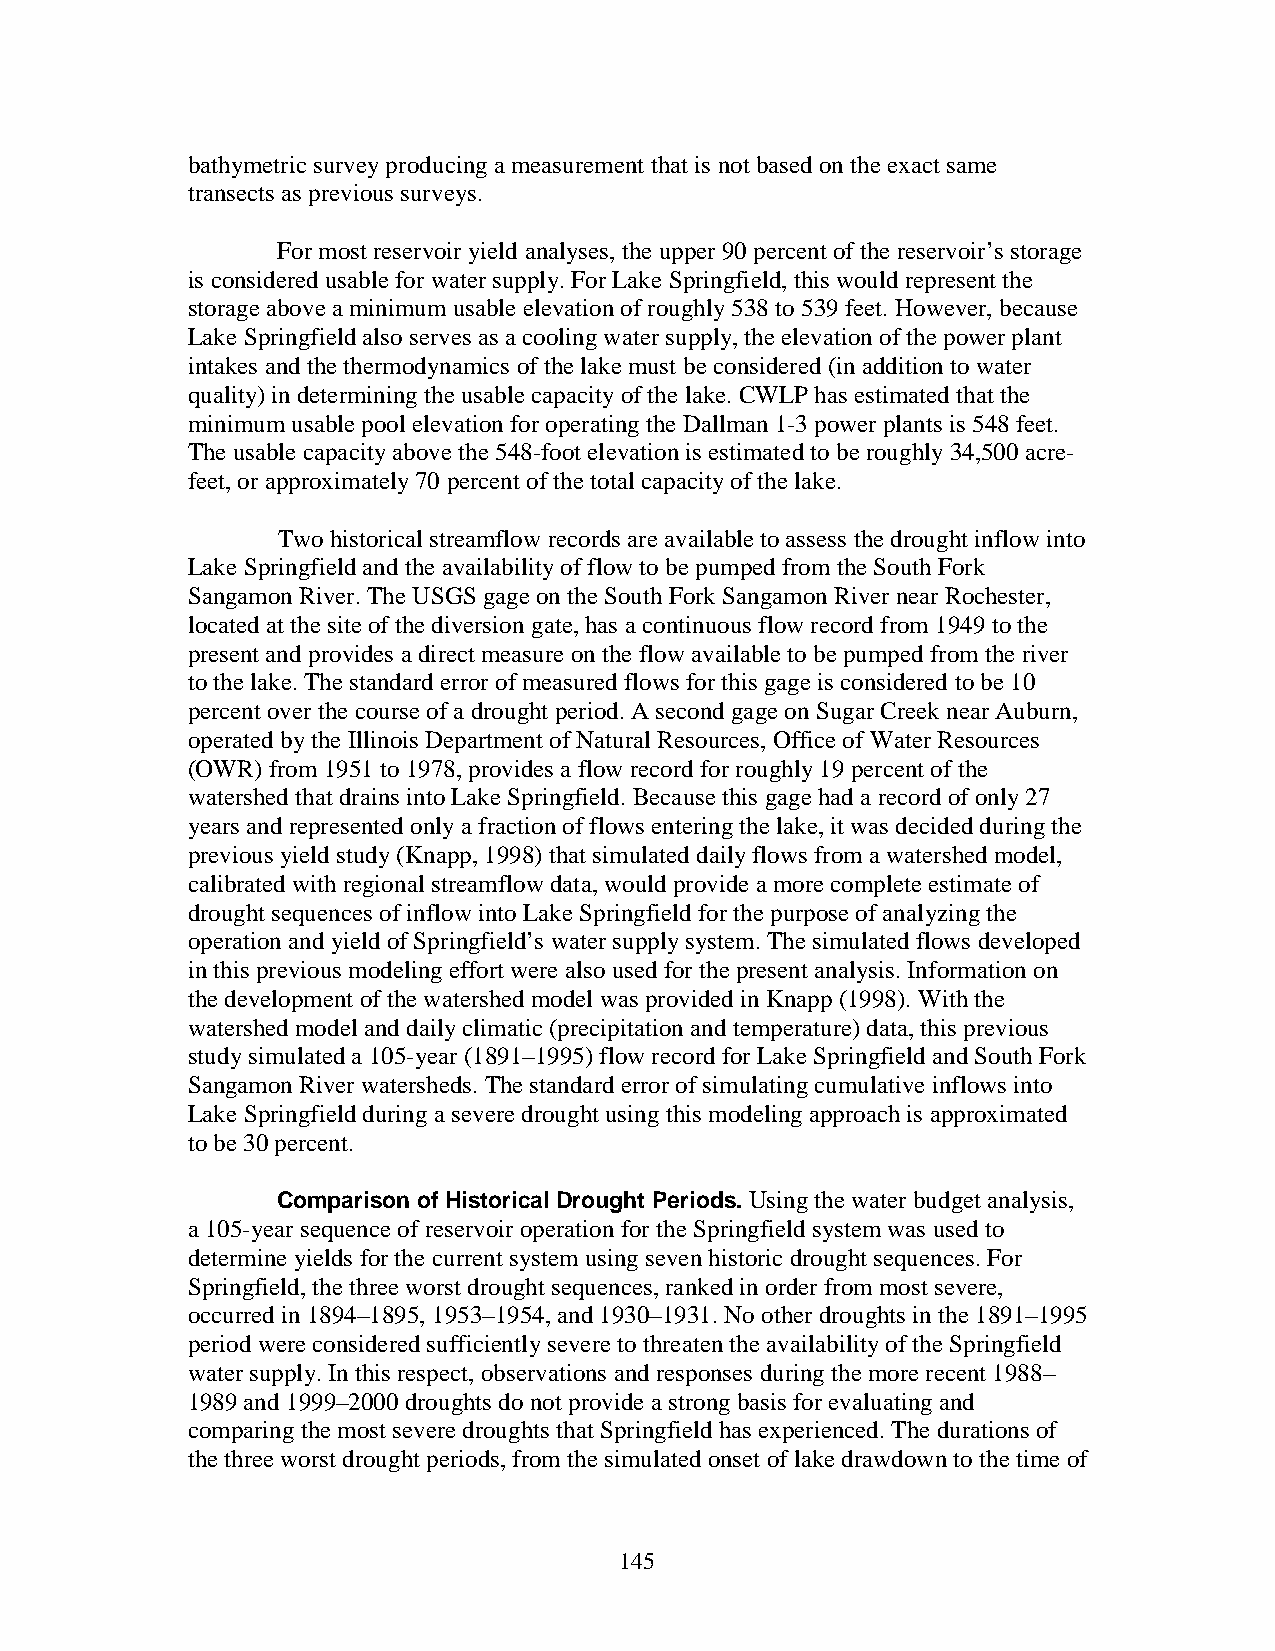
bathymetric survey producing a measurement that is not based on the exact same
 transects as previous surveys.
 For most reservoir yield analyses, the upper 90 percent of the reservoir’s storage
 is considered usable for water supply. For Lake Springfield, this would represent the
 storage above a minimum usable elevation of roughly 538 to 539 feet. However, because
 Lake Springfield also serves as a cooling water supply, the elevation of the power plant
 intakes and the thermodynamics of the lake must be considered (in addition to water
 quality) in determining the usable capacity of the lake. CWLP has estimated that the
 minimum usable pool elevation for operating the Dallman 1-3 power plants is 548 feet.
 The usable capacity above the 548-foot elevation is estimated to be roughly 34,500 acre-
 feet, or approximately 70 percent of the total capacity of the lake.
 Two historical streamflow records are available to assess the drought inflow into
 Lake Springfield and the availability of flow to be pumped from the South Fork
 Sangamon River. The USGS gage on the South Fork Sangamon River near Rochester,
 located at the site of the diversion gate, has a continuous flow record from 1949 to the
 present and provides a direct measure on the flow available to be pumped from the river
 to the lake. The standard error of measured flows for this gage is considered to be 10
 percent over the course of a drought period. A second gage on Sugar Creek near Auburn,
 operated by the Illinois Department of Natural Resources, Office of Water Resources
 (OWR) from 1951 to 1978, provides a flow record for roughly 19 percent of the
 watershed that drains into Lake Springfield. Because this gage had a record of only 27
 years and represented only a fraction of flows entering the lake, it was decided during the
 previous yield study (Knapp, 1998) that simulated daily flows from a watershed model,
 calibrated with regional streamflow data, would provide a more complete estimate of
 drought sequences of inflow into Lake Springfield for the purpose of analyzing the
 operation and yield of Springfield’s water supply system. The simulated flows developed
 in this previous modeling effort were also used for the present analysis. Information on
 the development of the watershed model was provided in Knapp (1998). With the
 watershed model and daily climatic (precipitation and temperature) data, this previous
 study simulated a 105-year (1891–1995) flow record for Lake Springfield and South Fork
 Sangamon River watersheds. The standard error of simulating cumulative inflows into
 Lake Springfield during a severe drought using this modeling approach is approximated
 to be 30 percent.
 Comparison of Historical Drought Periods. Using the water budget analysis,
 a 105-year sequence of reservoir operation for the Springfield system was used to
 determine yields for the current system using seven historic drought sequences. For
 Springfield, the three worst drought sequences, ranked in order from most severe,
 occurred in 1894–1895, 1953–1954, and 1930–1931. No other droughts in the 1891–1995
 period were considered sufficiently severe to threaten the availability of the Springfield
 water supply. In this respect, observations and responses during the more recent 1988–
 1989 and 1999–2000 droughts do not provide a strong basis for evaluating and
 comparing the most severe droughts that Springfield has experienced. The durations of
 the three worst drought periods, from the simulated onset of lake drawdown to the time of
 145